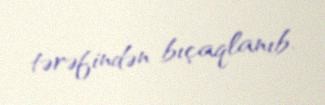
tərəfindən bıçaqlanıb.